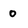
Character: 0